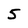
Character: 5